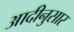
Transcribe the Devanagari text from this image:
आदीनुसार